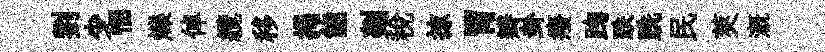
劉少悃爍倬纜移揭能剡稅掠胃瓣卦癈踘跌跣民莢溉